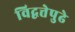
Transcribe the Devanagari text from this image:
विद्वत्तेपुढे